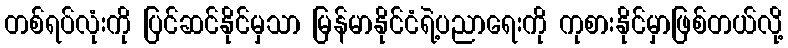
တစ်ရပ်လုံးကို ပြင်ဆင်နိုင်မှသာ မြန်မာနိုင်ငံရဲ့ပညာရေးကို ကုစားနိုင်မှာဖြစ်တယ်လို့